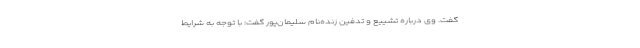
گفت. وی درباره تشییع و تدفین زنده‌نام سلیمان‌پور گفت: با توجه به شرایط